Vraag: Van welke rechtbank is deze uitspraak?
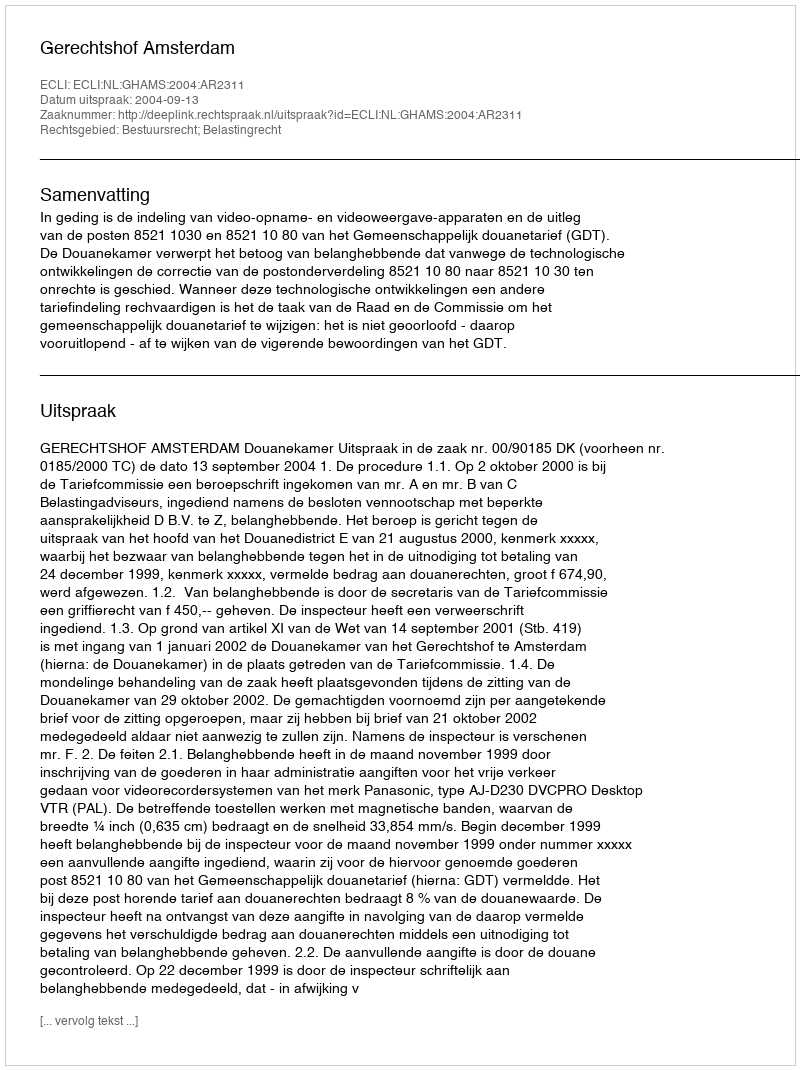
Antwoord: Gerechtshof Amsterdam